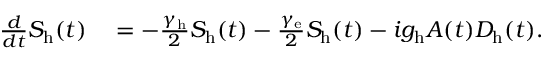
\begin{array} { r l } { \frac { d } { d t } S _ { \mathrm { h } } ( t ) } & { { } = - \frac { \gamma _ { \mathrm { h } } } { 2 } S _ { \mathrm { h } } ( t ) - \frac { \gamma _ { \mathrm { e } } } { 2 } S _ { \mathrm { h } } ( t ) - i g _ { \mathrm { h } } A ( t ) D _ { \mathrm { h } } ( t ) . } \end{array}